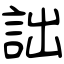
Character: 詘